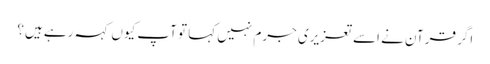
اگر قرآن نے اسے تعزیری جرم نہیں کہا تو آپ کیوں کہہ رہے ہیں؟